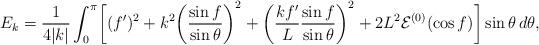
LaTeX: \begin{align*} E_k = \frac{1}{4|k|}\int_0^{\pi}\biggl[(f')^2 + k^2\biggl(\frac{\sin f}{\sin\theta}\biggr)^2 + \biggl(\frac{kf'}{L}\frac{\sin f}{\sin\theta}\biggr)^2 + 2L^2{\cal E}^{(0)}(\cos f) \biggr] \sin\theta\,d\theta,\end{align*}